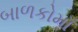
બાળકોમાઁ